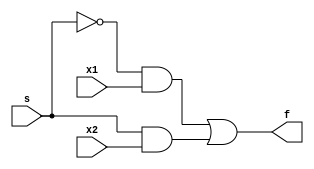
module twoOneMux(x1,x2,s,f);
    input x1,x2,s;
    output f;
    assign f = (~s&x1)|(s&x2);
endmodule